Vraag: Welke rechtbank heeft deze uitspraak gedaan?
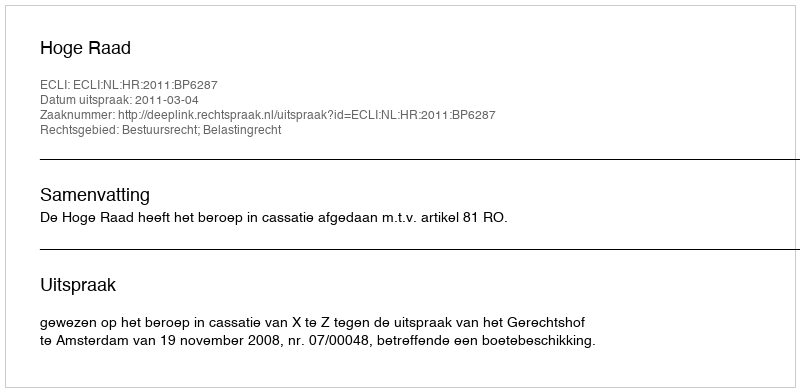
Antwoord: Hoge Raad